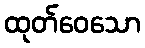
ထုတ်ဝေသော